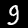
Digit: 9